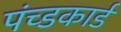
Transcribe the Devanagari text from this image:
पंच्डकार्ड